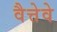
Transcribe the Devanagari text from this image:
वैत्तेवे